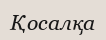
Қосалқа